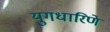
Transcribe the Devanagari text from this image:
युगधारिणे